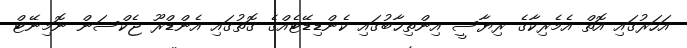
އަހަރުގައި އޮތް އެމެރިކާގެ ރިޔާސީ އިންތިޚާބުގައި ކެންޑިޑޭޓެއްގެ ގޮތުގައި އެންޑްރޫ ޖެކްސަން ނޮމިނޭޓް